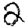
Digit: 2